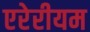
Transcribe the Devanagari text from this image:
एरेरीयम